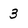
Character: 3